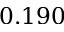
0 . 1 9 0